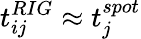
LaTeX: t_{ij}^{RIG}\approx t_{j}^{spot}